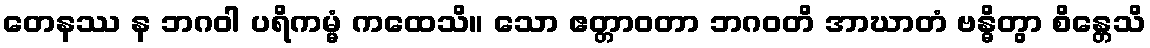
တေနဿ န ဘဂဝါ ပရိကမ္မံ ကထေသိ။ သော ဧတ္တာဝတာ ဘဂဝတိ အာဃာတံ ဗန္ဓိတွာ စိန္တေသိ